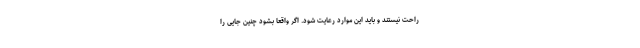
راحت نیستند و باید این موارد رعایت شود. اگر واقعا بشود چنین جایی را